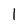
Character: 1